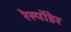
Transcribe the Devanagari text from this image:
रेस्पोंडेर